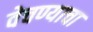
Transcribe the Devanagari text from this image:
वेचण्याचा